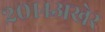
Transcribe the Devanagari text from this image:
२०१४अखेर